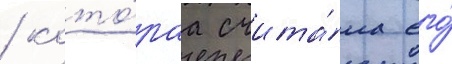
/ кото́раа счита́ла его́